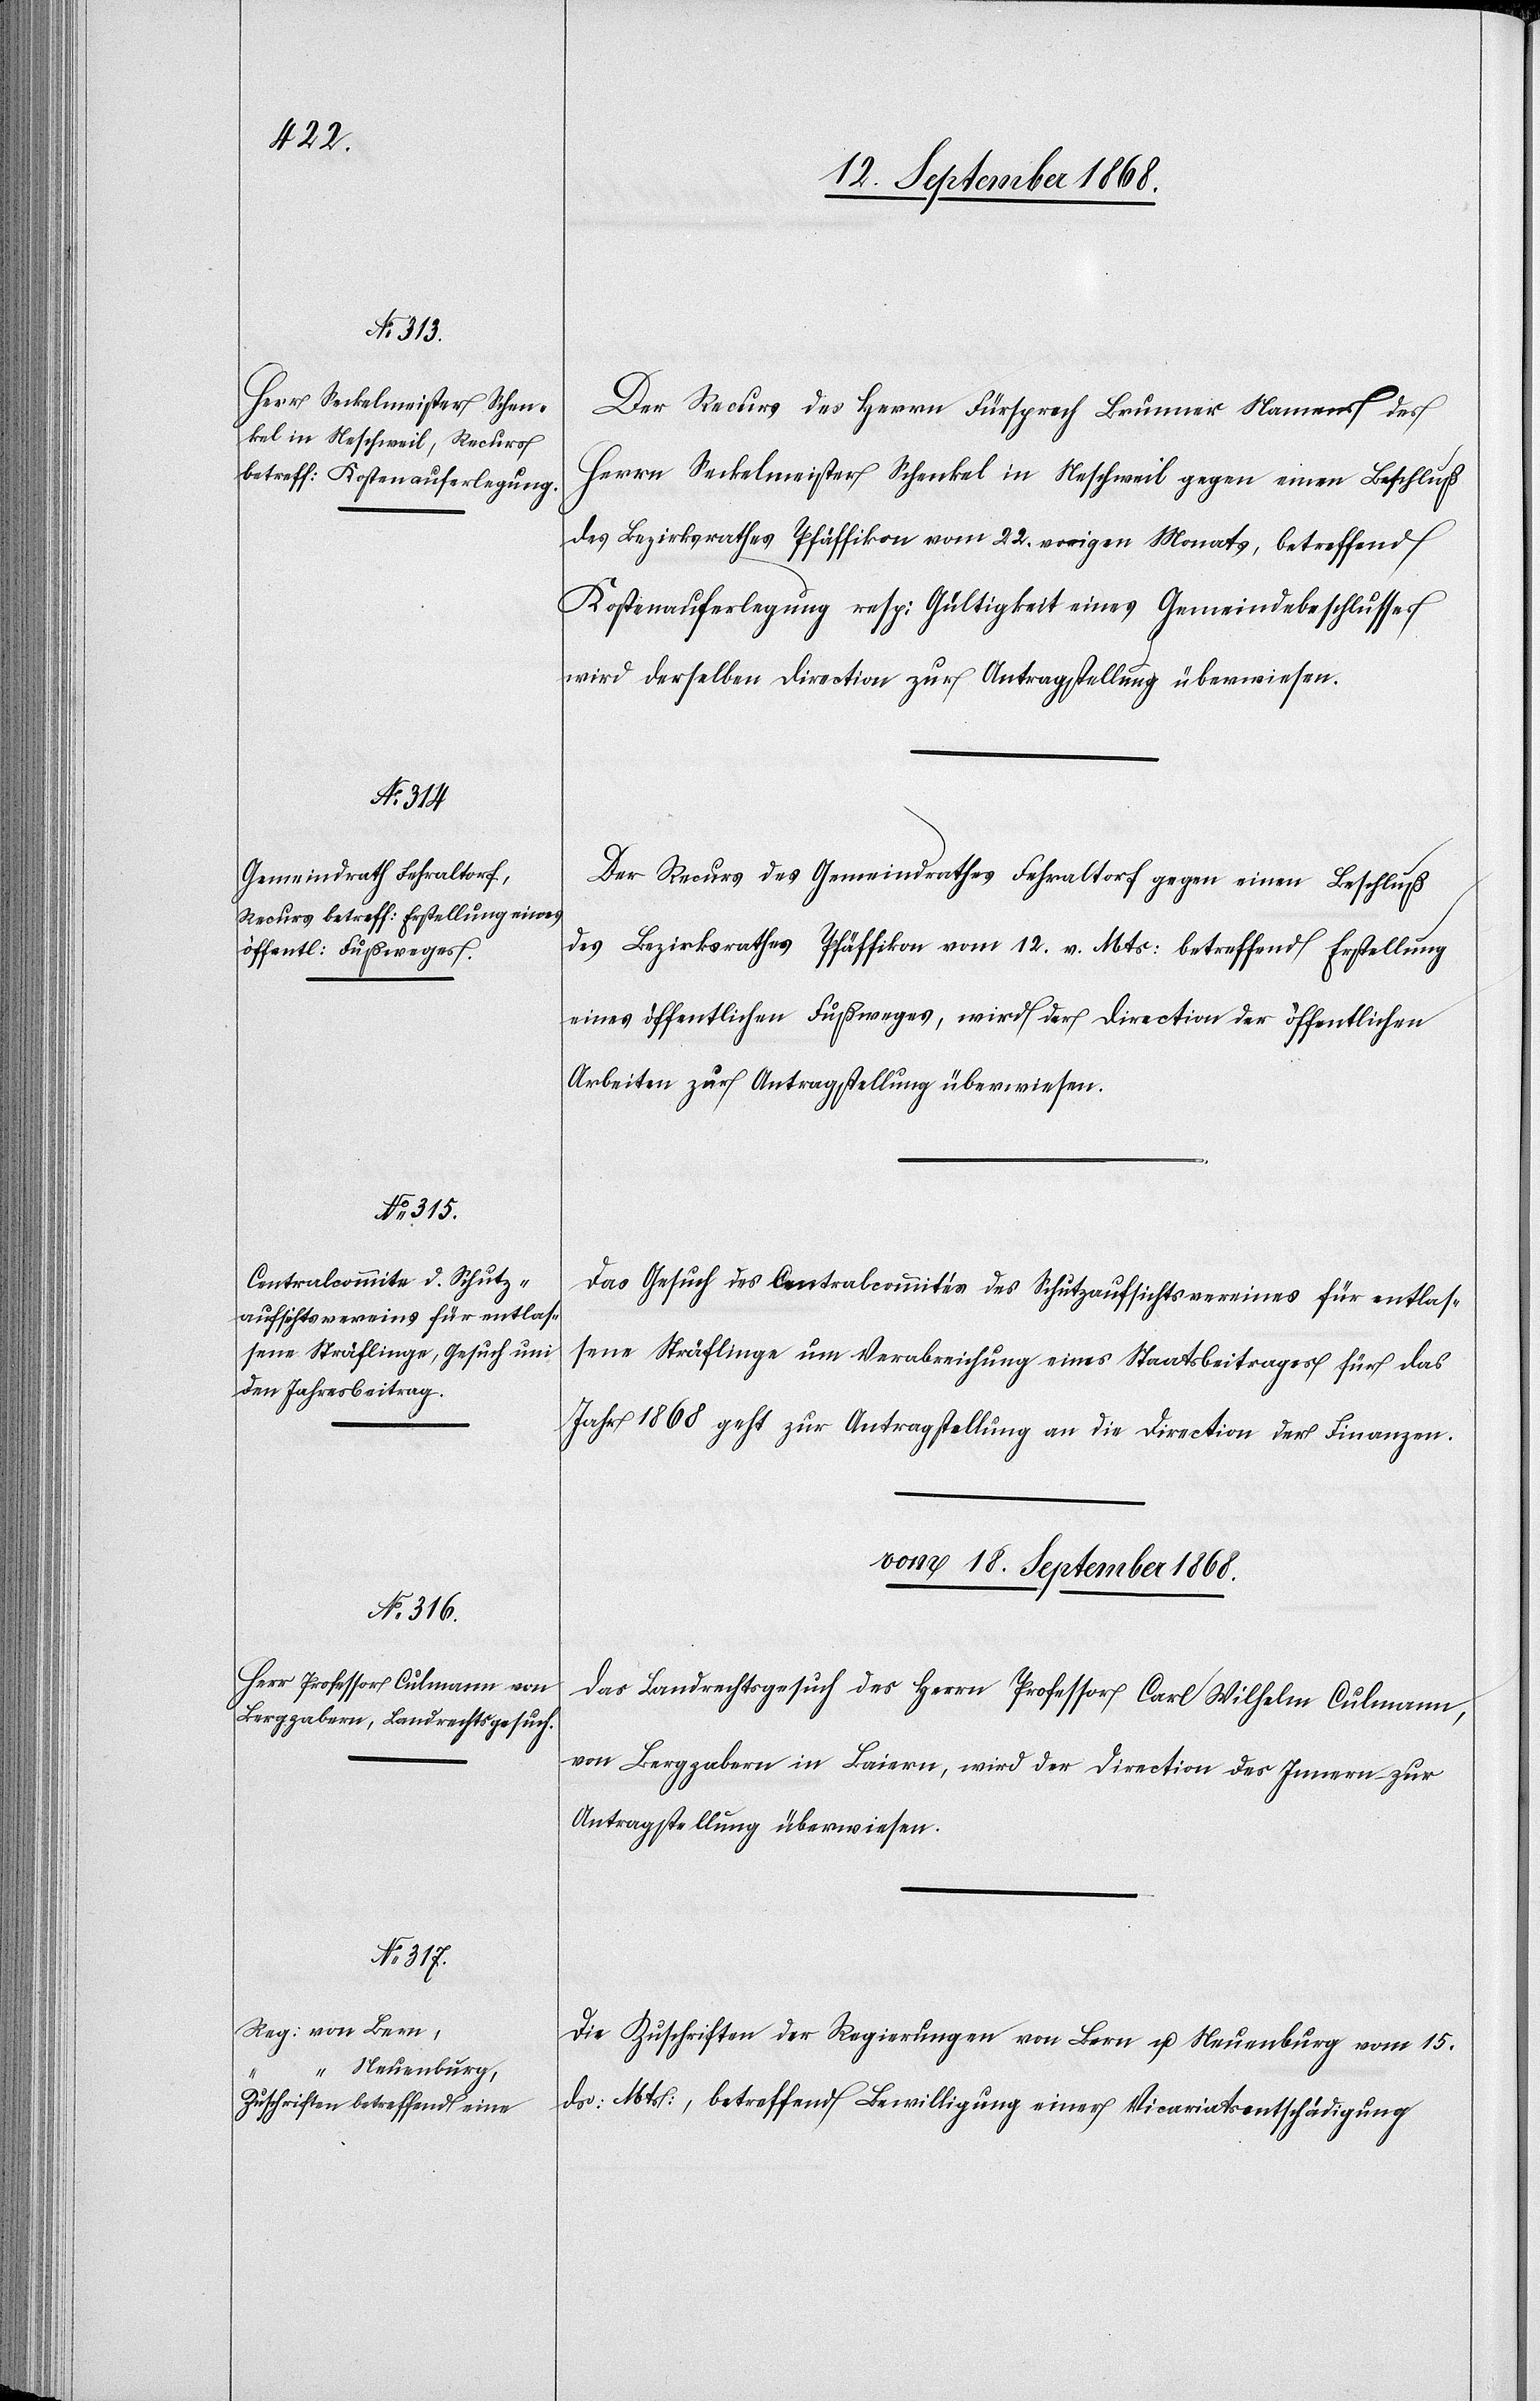
17. September 1868.]
Der Recurs des Herrn Fürsprech Brunner Namens des
Herrn Seckelmeister Schenkel in Neschweil gegen einen Beschluß
des Bezirksrathes Pfäffikon vom 22. vorigen Monats, betreffend
Kostenauferlegung resp: Gültigkeit eines Gemeindebeschlusses
wird derselben Direction zur Antragstellung überwiesen.
Der Recurs des Gemeindrathes Fehraltorf gegen einen Beschluß
des Bezirksrathes Pfäffikon vom 12. v. Mts: betreffend Erstellung
eines öffentlichen Fußweges, wird der Direction der öffentlichen
Arbeiten zur Antragstellung überwiesen.
Das Gesuch des Centralcommités des Schutzaufsichtsvereines für entlas¬
sene Sträflinge um Verabreichung eines Staatsbeitrages für das
Jahr 1868 geht zur Antragstellung an die Direction der Finanzen.
vom 18. September 1868.]
Das Landrechtsgesuch des Herrn Professor Carl Wilhelm Culmann,
von Bergzabern in Baiern, wird der Direction des Innern – zur
Antragstellung überwiesen.
Die Zuschriften der Regierungen von Bern u. Neuenburg vom 15.
ds: Mts:, betreffend Bewilligung einer Vicariatsentschädigung